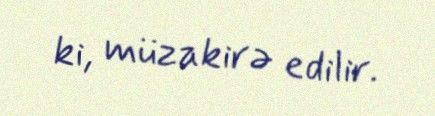
ki, müzakirə edilir.